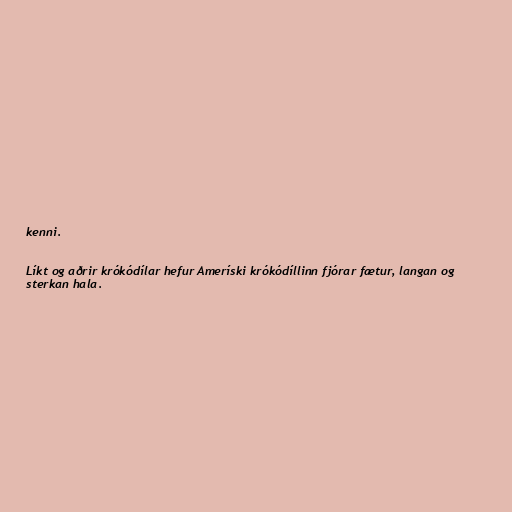
kenni.

Líkt og aðrir krókódílar hefur Ameríski krókódíllinn fjórar fætur, langan og
sterkan hala.